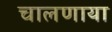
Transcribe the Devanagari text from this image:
चालणाया